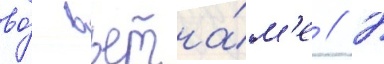
во́ вьетна́м'е // В